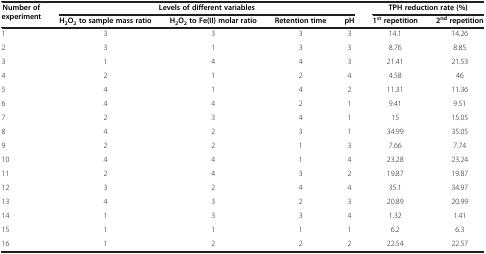
<table><thead><tr><td rowspan="2"><b>Number of experiment</b></td><td colspan="4"><b>Levels of different variables</b></td><td colspan="2"><b>TPH reduction rate (%)</b></td></tr><tr><td><b>H<sub>2</sub>O<sub>2 </sub>to sample mass ratio</b></td><td><b>H<sub>2</sub>O<sub>2 </sub>to Fe(II) molar ratio</b></td><td><b>Retention time</b></td><td><b>pH</b></td><td><b>1<sup>st </sup>repetition</b></td><td><b>2<sup>nd </sup>repetition</b></td></tr></thead><tbody><tr><td>1</td><td>3</td><td>3</td><td>3</td><td>3</td><td>14.1</td><td>14.26</td></tr><tr><td>2</td><td>3</td><td>1</td><td>3</td><td>3</td><td>8.76</td><td>8.85</td></tr><tr><td>3</td><td>1</td><td>4</td><td>4</td><td>3</td><td>21.41</td><td>21.53</td></tr><tr><td>4</td><td>2</td><td>1</td><td>2</td><td>4</td><td>4.58</td><td>46</td></tr><tr><td>5</td><td>4</td><td>1</td><td>4</td><td>2</td><td>11.31</td><td>11.36</td></tr><tr><td>6</td><td>4</td><td>4</td><td>2</td><td>1</td><td>9.41</td><td>9.51</td></tr><tr><td>7</td><td>2</td><td>3</td><td>4</td><td>1</td><td>15</td><td>15.05</td></tr><tr><td>8</td><td>4</td><td>2</td><td>3</td><td>1</td><td>34.99</td><td>35.05</td></tr><tr><td>9</td><td>2</td><td>2</td><td>1</td><td>3</td><td>7.66</td><td>7.74</td></tr><tr><td>10</td><td>4</td><td>4</td><td>1</td><td>4</td><td>23.28</td><td>23.24</td></tr><tr><td>11</td><td>2</td><td>4</td><td>3</td><td>2</td><td>19.87</td><td>19.87</td></tr><tr><td>12</td><td>3</td><td>2</td><td>4</td><td>4</td><td>35.1</td><td>34.97</td></tr><tr><td>13</td><td>4</td><td>3</td><td>2</td><td>3</td><td>20.89</td><td>20.99</td></tr><tr><td>14</td><td>1</td><td>3</td><td>3</td><td>4</td><td>1.32</td><td>1.41</td></tr><tr><td>15</td><td>1</td><td>1</td><td>1</td><td>1</td><td>6.2</td><td>6.3</td></tr><tr><td>16</td><td>1</td><td>2</td><td>2</td><td>2</td><td>22.54</td><td>22.57</td></tr></tbody></table>